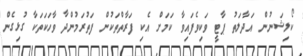
ކޯލިޝަނުން އަދާލަތު ޕާޓީ ވަކިވެފައިވާ ކަމަށް އެކި ފަރާތްތަކުން ފަތުރަމުންދާ ވާހަކަތަކާ ގުޅިގެން